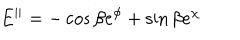
E ^ { | | } = - \cos \beta e ^ { \phi } + \sin \beta e ^ { \chi }